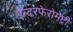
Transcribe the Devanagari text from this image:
इन्टरफेरोमेट्री